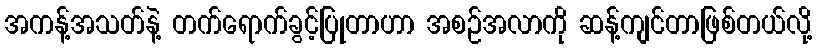
အကန့်အသတ်နဲ့ တက်ရောက်ခွင့်ပြုတာဟာ အစဉ်အလာကို ဆန့်ကျင်တာဖြစ်တယ်လို့